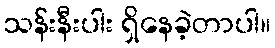
သန်းနီးပါး ရှိနေခဲ့တာပါ။